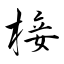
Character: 椄